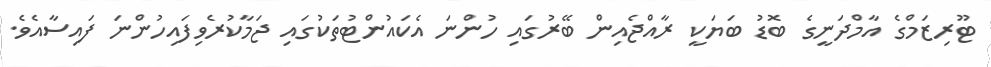
ޓޫރިޒަމްގެ އާމްދަނީގެ ބޮޑު ބަޔަކީ ރާއްޖެއިން ބޭރުގައި ހުންނަ އެކައުންޓުތަކުގައި ޖަމާކުރެވިފައިހުންނަ ފައިސާއެވެ.